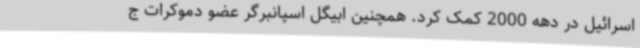
اسرائیل در دهه 2000 کمک کرد. همچنین ابیگل اسپانبرگر عضو دموکرات ج